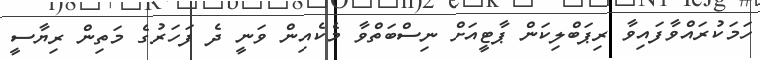
ހަމަކުރައްވާފައިވާ ރިޕަބްލިކަން ޕާޓީއަށް ނިސްބަތްވާ މެކެއިން ވަނީ ދެ ފަހަރުގެ މަތިން ރިޔާސީ